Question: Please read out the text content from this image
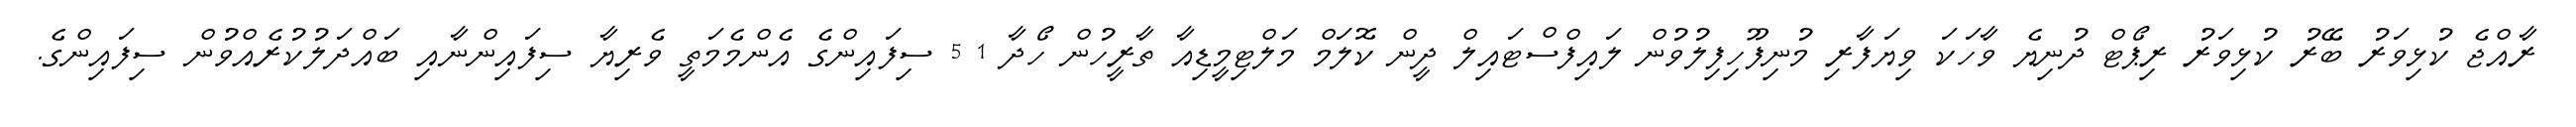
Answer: ރާއްޖެ ކުޅިވަރު ބޭރު ކުޅިވަރު ރިޕޯޓް ދުނިޔެ ވާހަކަ ވިޔަފާރި މުނިފޫހިފިލުވުން ލައިފްސްޓައިލް ދީން ކޮލަމް މަލްޓިމީޑިއާ ތާރީހުން ހޯދާ 1 5 ސިފައިންގެ އެންމެމަތީ ވެރިޔާ ސިފައިންނާއި ބައްދަލުކުރެއްވުން ސިފައިންގެ.